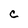
Character: c